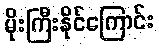
မိုးကြီးနိုင်ကြောင်း